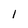
Character: 1